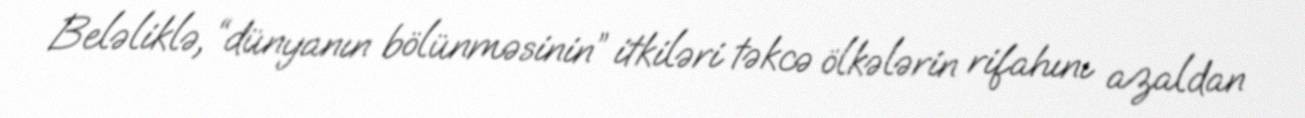
Beləliklə, “dünyanın bölünməsinin” itkiləri təkcə ölkələrin rifahını azaldan